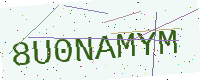
Text: 8U0NAMYM